Document type: Grant
Year: 1232
Scribe: Berenguer de Clos
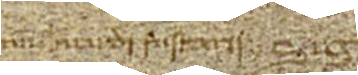
num Bernardi Fustarii, Sig